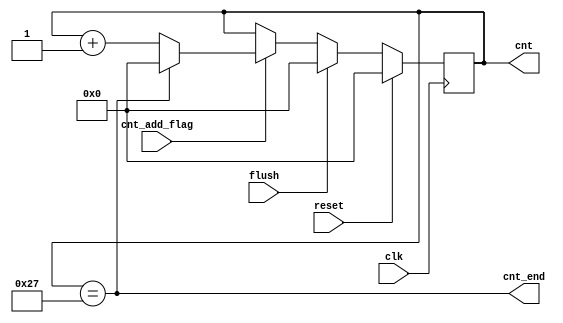
module counter_tmp#(
    parameter CNT_SIZE = 32 + 8,
    parameter CNT_SIZE_WIDTH = 6
) (
    input clk,
    input reset,
    input flush,
    input cnt_add_flag,
    output [CNT_SIZE_WIDTH-1:0] cnt,
    output cnt_end
);
reg [CNT_SIZE_WIDTH-1:0] cnt_r;
assign cnt = cnt_r;

always @(posedge clk) begin
    if (reset) begin
        cnt_r <= 0;
    end else if (flush) begin
        cnt_r <= 0;
    end else if (cnt_add_flag) begin
        if (cnt_end) begin
            cnt_r <= 0;
        end else begin
            cnt_r <= cnt_r + 1;
        end
    end
end
/* verilator lint_off WIDTH */
assign cnt_end = cnt == CNT_SIZE - 1;
/* verilator lint_on WIDTH */
endmodule